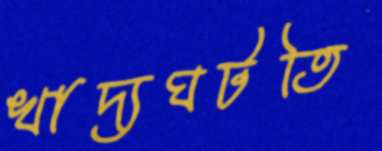
খাদ্যঘটতি